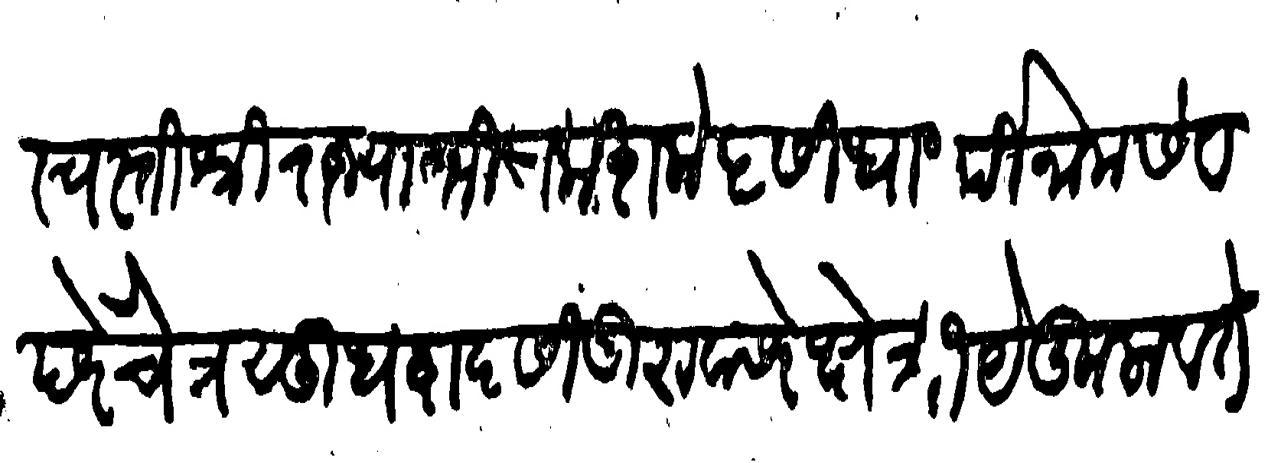
Transliteration (Devanagari): स्वस्ति श्री राज्याभिषेक शके ५ सिधार्थी नाम संव छरे चैत्र सुध द्वादसी गुरुवासरे क्षेत्रीये कुलावतंश